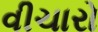
વીચારો